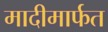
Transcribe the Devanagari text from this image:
मादीमार्फत